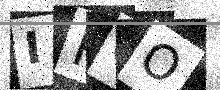
Text: IPCO